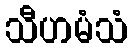
သီဟမံသံ